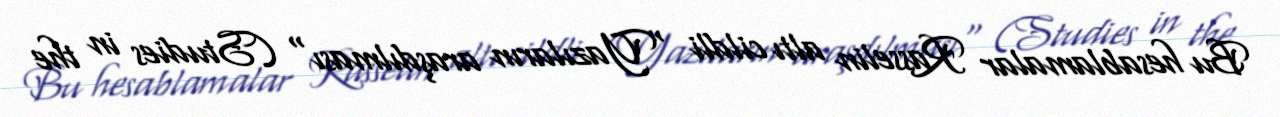
Bu hesablamalar Rasselin altı cildli "Yazıların araşdılması" (Studies in the